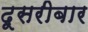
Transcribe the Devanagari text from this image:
दूसरीबार